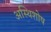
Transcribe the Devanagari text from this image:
अस्थिशोष